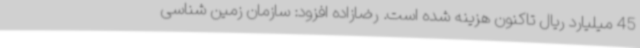
45 میلیارد ریال تاکنون هزینه شده است. رضازاده افزود: سازمان زمین شناسی